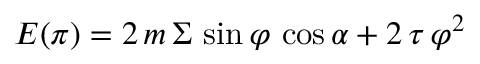
E ( \pi ) = 2 \, m \, \Sigma \, \sin \varphi \, \cos \alpha + 2 \, \tau \, \varphi ^ { 2 }